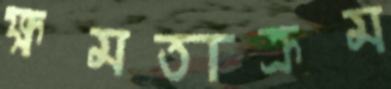
ক্ষমতাক্রম